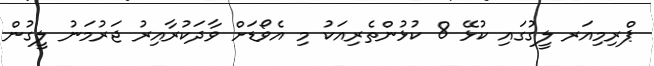
ޕްރިިމިއަރ ލީގުގައި ކުޅޭ 8 ކުޅުންތެރިއަކު މި އެވޯޑަށް ވާދަކުރާއިރު ޖަރުމަނު ލީގުން